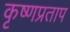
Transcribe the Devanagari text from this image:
कृष्णप्रताप